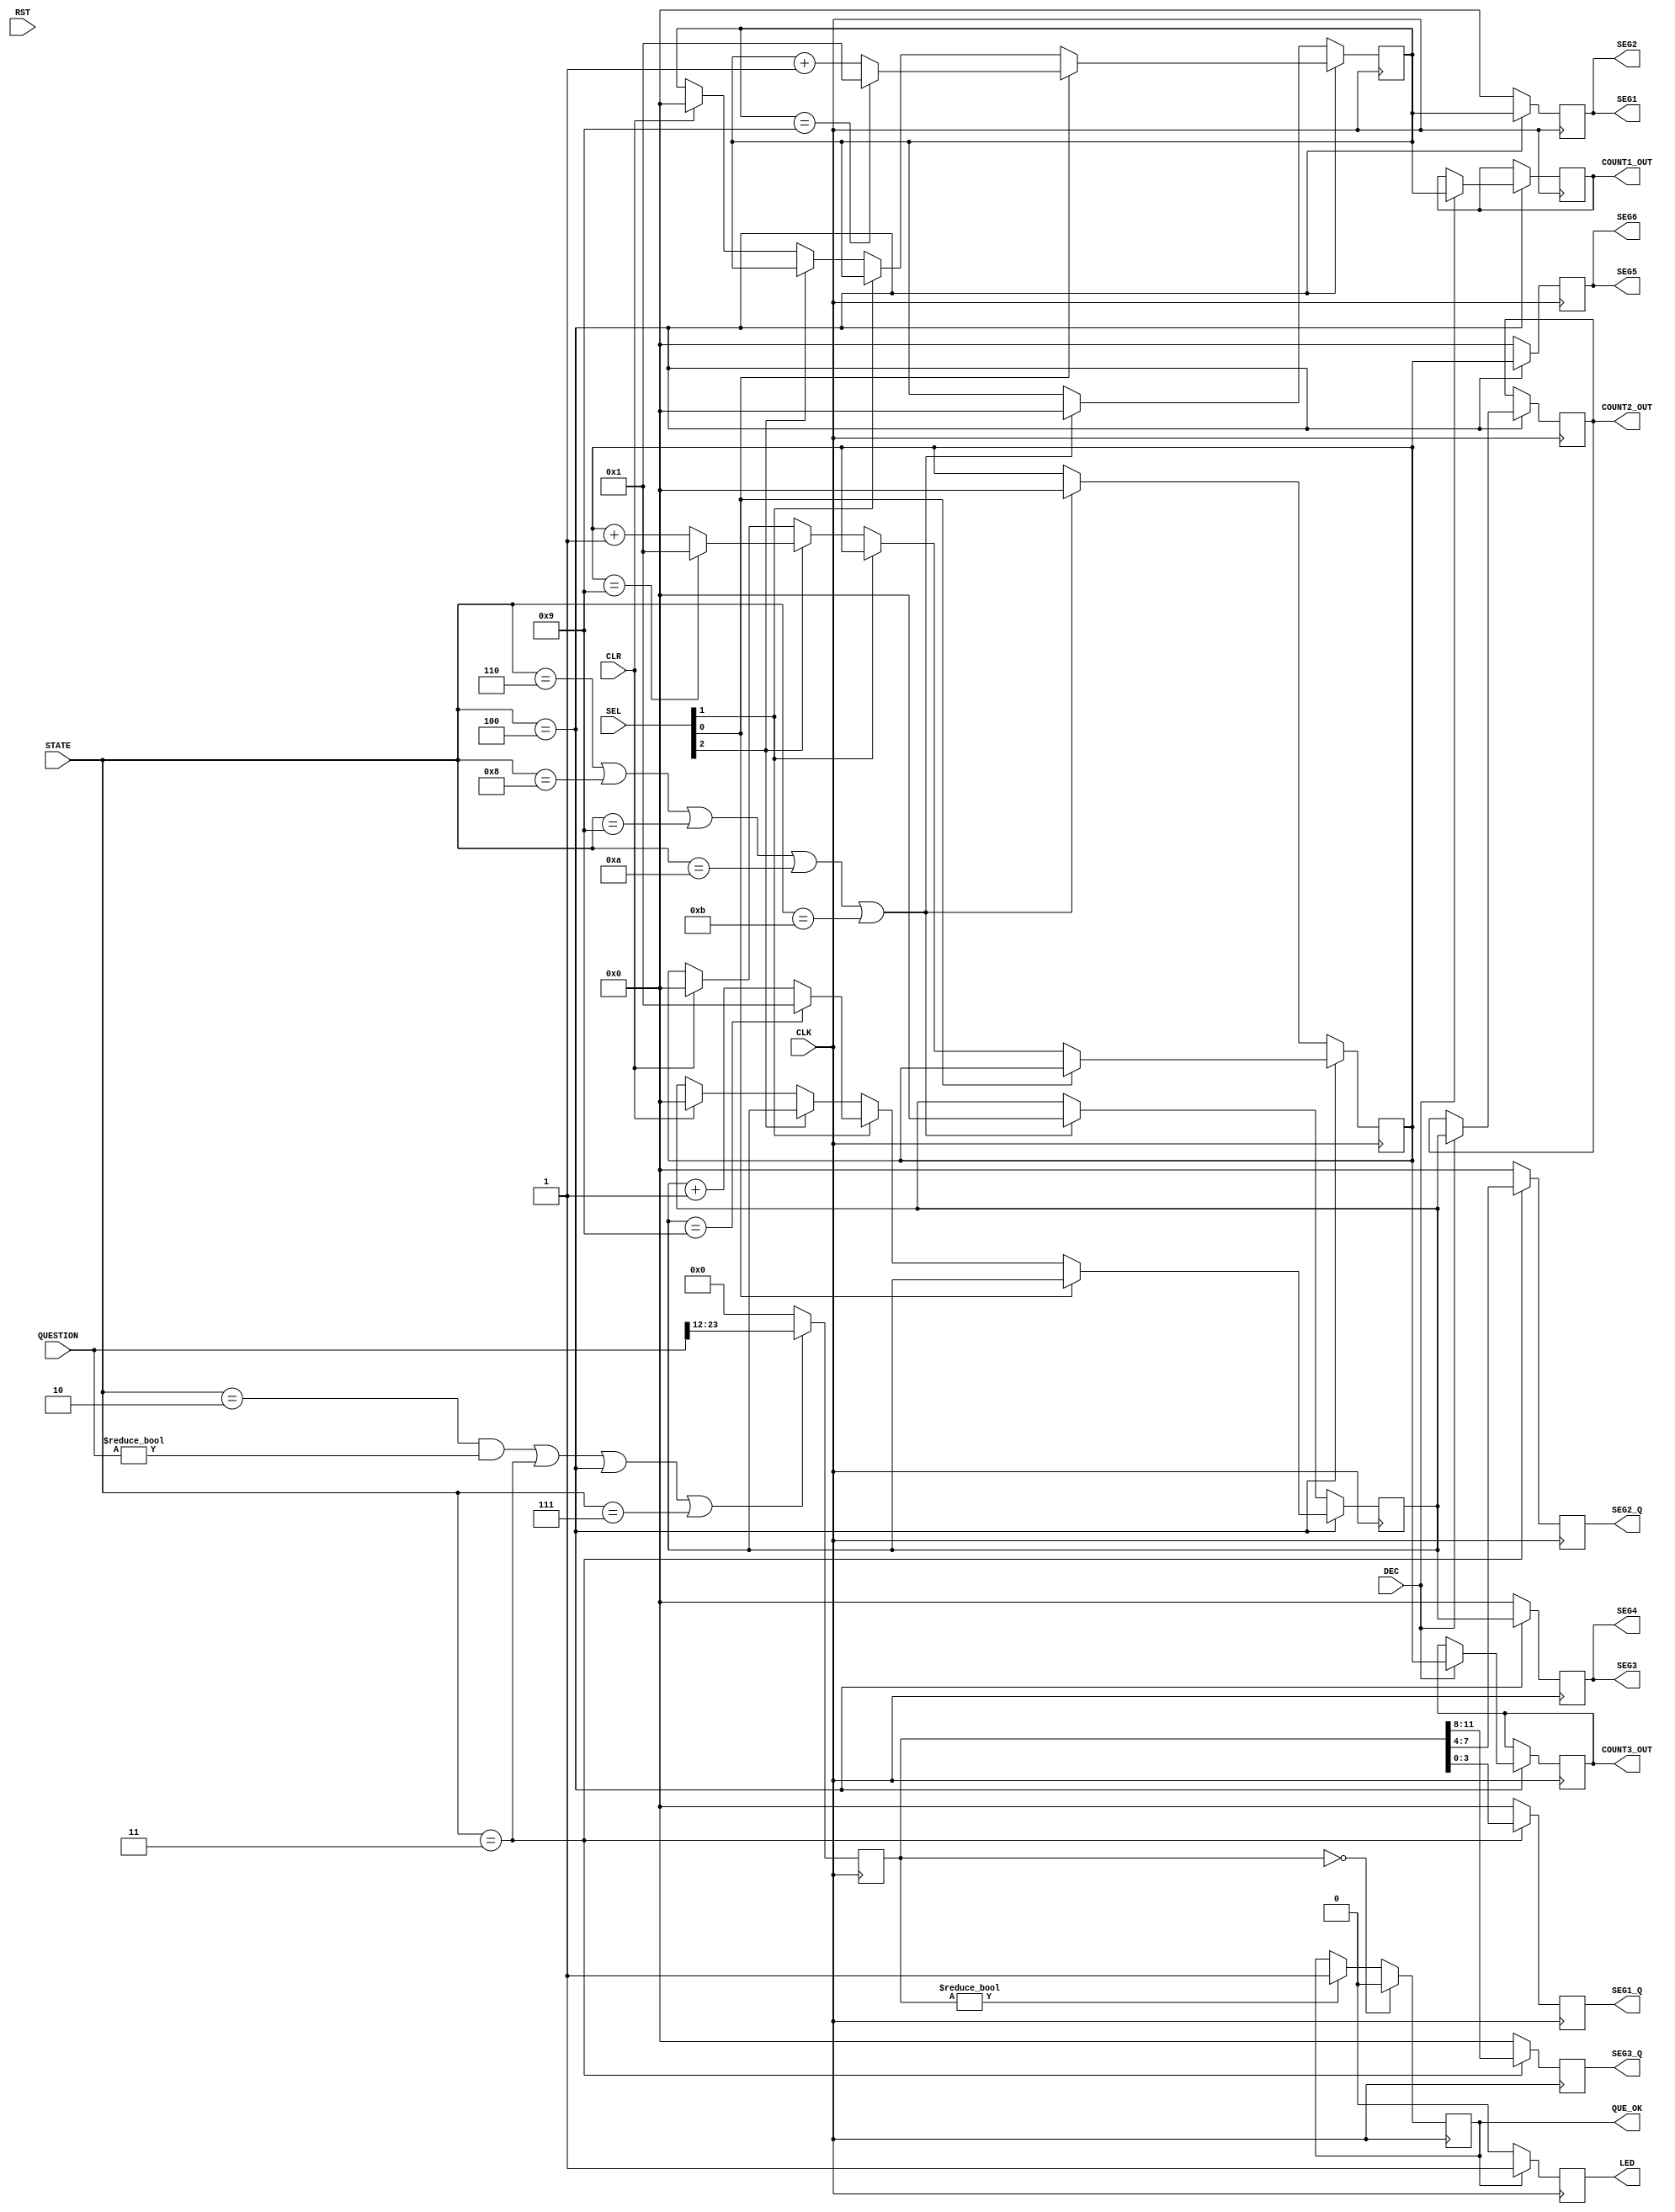
module INPUT(
  input [2:0] SEL,//SW[9] = SEL[2]:HEX[4], SW[8] = SEL[1]:HEX[2], SW[7] = SEL[0]:HEX[0]
  input [3:0] STATE,
  input [23:0] QUESTION,
  input  DEC, CLK, RST, CLR,//DEC???
	 //input [1:0] RESULT, 
  output reg [3:0] SEG1, SEG2, SEG3, SEG4, SEG5, SEG6,
  output reg [3:0] SEG1_Q, SEG2_Q, SEG3_Q, 
	output reg [3:0] COUNT1_OUT, COUNT2_OUT, COUNT3_OUT,
  output reg QUE_OK,//INPUT?????????????????????????
  output LED
);


reg [3:0] COUNT1, COUNT2, COUNT3;

initial begin
      COUNT1 <= 4'b0;//4bit????0??9??????????
      COUNT2 <= 4'b0;
      COUNT3 <= 4'b0;
      SEG1 <= 4'b0;
      SEG2 <= 4'b0;
      SEG3 <= 4'b0;
      SEG4 <= 4'b0;
      SEG5 <= 4'b0;
      SEG6 <= 4'b0;
      SEG1_Q <= 4'b0;
      SEG2_Q <= 4'b0;
      SEG3_Q <= 4'b0;
end


reg [11:0] QUESTION_r;// ??? + ???????

initial begin
  QUESTION_r <= 12'b0;//??????????
end

/*always @(posedge CLK)begin
  if(STATE == 4'b0110 || STATE == 4'b1000 || STATE == 4'b1001 || STATE == 4'b1010 || STATE == 4'b1011)begin//DRAW,OUCH,GOOD,WIN,LOSE????
    QUESTION_r <= 12'b0;
  end
  else begin
    QUESTION_r <= QUESTION[23:11];//DB???????????????????????????????????
  end
end*/


always @(posedge CLK)begin
  if((STATE == 4'b0010 && QUESTION != 24'b0)|| STATE == 4'b0011 || STATE == 4'b0100 || STATE == 4'b0111)begin//READY, QUESTION, INPUT, WRONG
    QUESTION_r <= QUESTION[23:12];
  end
  else begin
    QUESTION_r <= 12'b0;
  end
end


always @(posedge CLK)begin
  if(QUESTION_r == 12'b0)begin
    QUE_OK <= 0;
  end
  else if(QUESTION_r != 12'b0)begin//QUESTION_r????????
    QUE_OK <= 1;
  end
end


reg LED_r;
initial begin
  LED_r <= 0;
end
always @(posedge CLK) begin
  if(QUE_OK)begin
    LED_r <= 1;
  end
  else begin
    LED_r <= 0;
  end
end

assign LED = LED_r;




always @(posedge CLK) begin
   if(STATE == 4'b0100)begin
      SEG1 <= COUNT1;
      SEG2 <= COUNT1;

      SEG3 <= COUNT2;
      SEG4 <= COUNT2;
      
      SEG5 <= COUNT3;
      SEG6 <= COUNT3;
   end
   else begin
      SEG1 <= 4'b0;
      SEG2 <= 4'b0;

      SEG3 <= 4'b0;
      SEG4 <= 4'b0;
      
      SEG5 <= 4'b0;
      SEG6 <= 4'b0;
    end
end
     


always @(posedge CLK) begin
   if(STATE == 4'b0011)begin
      SEG1_Q <= QUESTION_r[3:0];
      SEG2_Q <= QUESTION_r[7:4];
      SEG3_Q <= QUESTION_r[11:8];
   end
   else begin
      SEG1_Q <= 4'b0;
      SEG2_Q <= 4'b0;
      SEG3_Q <= 4'b0;
    end
end


always @(posedge CLK) begin//COUNT??????
  if(STATE == 4'b0100)begin//STATE?INPUT????????????
    if(SEL[0])begin
      COUNT1 <= COUNT1 + 1;
        if(COUNT1 == 9)begin//9??????1???
          COUNT1 <= 1;
        end
    end	 
    else if(SEL[1])begin
      COUNT2 <= COUNT2 + 1;
        if(COUNT2 == 9)begin
          COUNT2 <= 1;
        end
    end	  
    else if(SEL[2])begin
      COUNT3 <= COUNT3 + 1;
        if(COUNT3 == 9)begin
          COUNT3 <= 1;
        end
    end
    else if(CLR)begin//CLR??
      COUNT1 <= 0;
      COUNT2 <= 0;
      COUNT3 <= 0;
    end
  end
  else if(STATE == 4'b0110 || STATE == 4'b1000 || STATE == 4'b1001 || STATE == 4'b1010 || STATE == 4'b1011)begin
      COUNT1 <= 0;
      COUNT2 <= 0;
      COUNT3 <= 0;
  end
end

always @(posedge CLK)begin//????????????????????????????????????????STATE?INPUT??????????
	if(STATE == 4'b0100)begin
    if(DEC)begin
      COUNT1_OUT <= COUNT1;
      COUNT2_OUT <= COUNT2;
      COUNT3_OUT <= COUNT3;
    end
    else begin
      COUNT1_OUT <= COUNT1_OUT;
      COUNT2_OUT <= COUNT2_OUT;
      COUNT3_OUT <= COUNT3_OUT;
    end
  end
end

endmodule